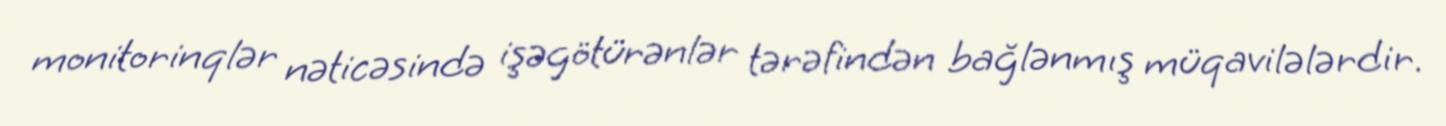
monitorinqlər nəticəsində işəgötürənlər tərəfindən bağlənmış müqavilələrdir.